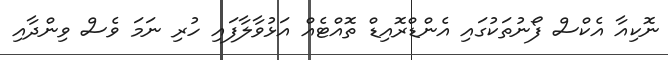
ނޮކިއާ އެކްސް ފޯނުތަކުގައި އެންޑްރޮއިޑް ތޮއްޓެއް އަޅުވާލާފައި ހުރި ނަމަ ވެސް ވިންދާއި